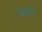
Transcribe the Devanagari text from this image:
तिरको